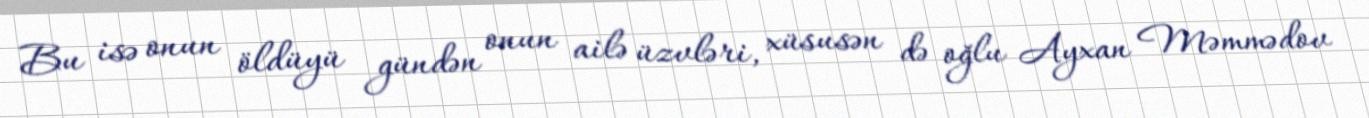
Bu isə onun öldüyü gündən onun ailə üzvləri, xüsusən də oğlu Ayxan Məmmədov